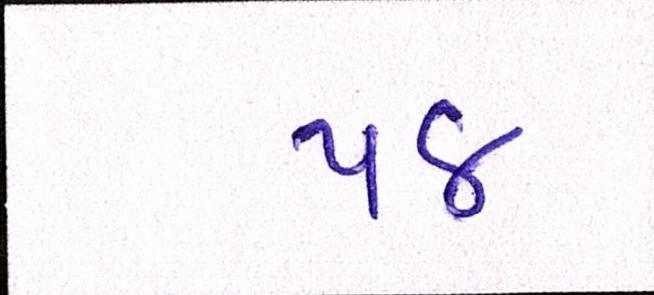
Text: ૫૪